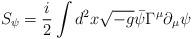
LaTeX: \begin{align*}S_{\psi} = \frac{i}{2} \int d^2 x \sqrt{-g} \bar{\psi} \Gamma^{\mu}\partial_{\mu} \psi\end{align*}